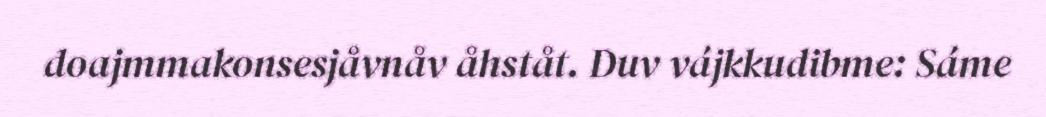
doajmmakonsesjåvnåv åhståt. Duv vájkkudibme: Sáme